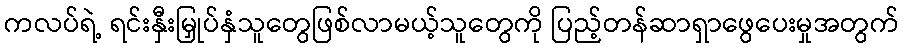
ကလပ်ရဲ့ ရင်းနှီးမြှုပ်နှံသူတွေဖြစ်လာမယ့်သူတွေကို ပြည့်တန်ဆာရှာဖွေပေးမှုအတွက်